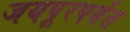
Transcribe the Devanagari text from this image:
जयपूरपर्यंत